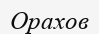
Орахов